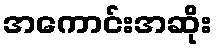
အကောင်းအဆိုး